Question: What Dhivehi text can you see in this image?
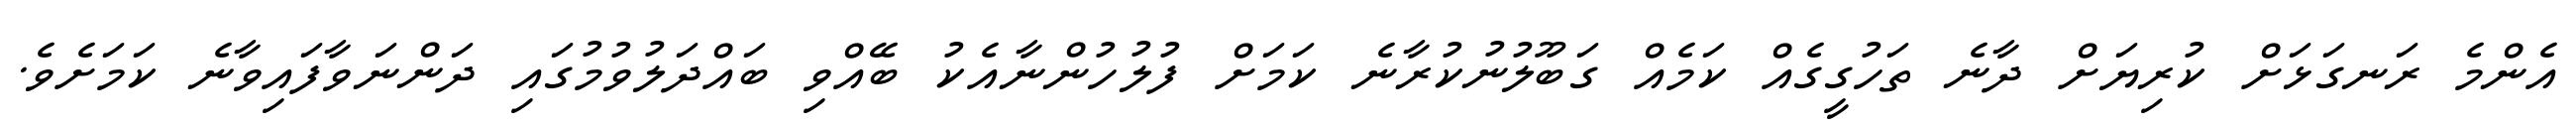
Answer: އެންމެ ރަނގަޅަށް ކުރިޔަށް ދާނެ ތަހުގީގެއް ކަމެއް ގަބޫލުނުކުރާނެ ކަމަށް ފުލުހުންނާއެކު ބޭއްވި ބައްދަލުވުމުގައި ދަންނަވާފައިވާނެ ކަމަށެވެ.